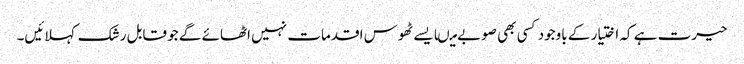
حیرت ہے کہ اختیار کے باوجود کسی بھی صوبے میںایسے ٹھوس اقدمات نہیں اٹھائے گے جو قابل رشک کہلائیں۔